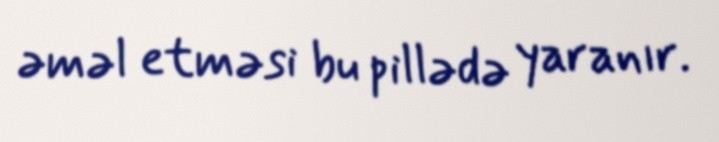
əməl etməsi bu pillədə yaranır.